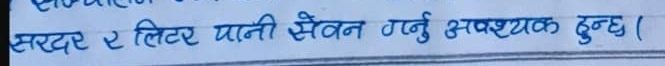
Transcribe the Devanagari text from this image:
सरदर २ लिटर पानी सेवन गर्नु आवश्यक हुन्छ ।